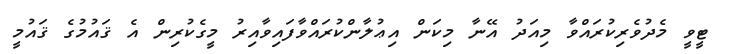
ޓީވީ މެދުވެރިކުރައްވާ މިއަދު އޭނާ މިކަން އިޢުލާންކުރައްވާފައިވާއިރު މީގެކުރިން އެ ޤައުމުގެ ޤައުމީ